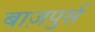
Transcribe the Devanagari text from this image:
बाज़पुर्स